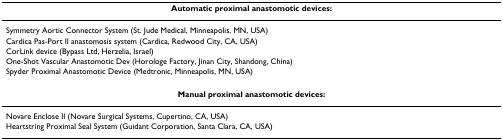
<table><thead><tr><td><b>Automatic proximal anastomotic devices:</b></td></tr></thead><tbody><tr><td>Symmetry Aortic Connector System (St. Jude Medical, Minneapolis, MN, USA)</td></tr><tr><td>Cardica Pas-Port II anastomosis system (Cardica, Redwood City, CA, USA)</td></tr><tr><td>CorLink device (Bypass Ltd, Herzelia, Israel)</td></tr><tr><td>One-Shot Vascular Anastomotic Dev (Horologe Factory, Jinan City, Shandong, China)</td></tr><tr><td>Spyder Proximal Anastomotic Device (Medtronic, Minneapolis, MN, USA)</td></tr><tr><td><b>Manual proximal anastomotic devices:</b></td></tr><tr><td>Novare Enclose II (Novare Surgical Systems, Cupertino, CA, USA)</td></tr><tr><td>Heartstring Proximal Seal System (Guidant Corporation, Santa Clara, CA, USA)</td></tr></tbody></table>